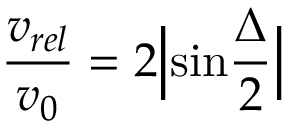
{ \frac { v _ { r e l } } { v _ { 0 } } } = 2 \Big | \mathrm { s i n } { \frac { \Delta } { 2 } } \Big |